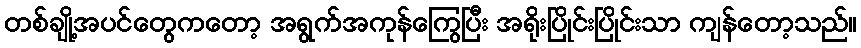
တစ်ချို့အပင်တွေကတော့ အရွက်အကုန်ကြွေပြီး အရိုးပြိုင်းပြိုင်းသာ ကျန်တော့သည်။